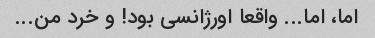
اما، اما... واقعا اورژانسی بود! و خرد من...